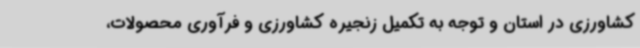
کشاورزی در استان و توجه به تکمیل زنجیره کشاورزی و فرآوری محصولات،